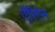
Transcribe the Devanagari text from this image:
ऐरिऐन